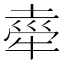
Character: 𭷤